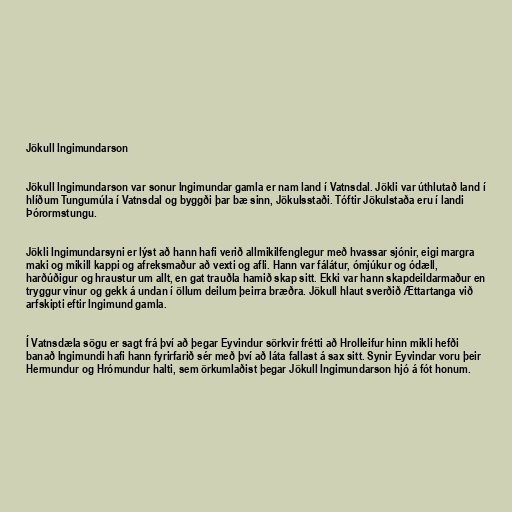
Jökull Ingimundarson

Jökull Ingimundarson var sonur Ingimundar gamla er nam land í Vatnsdal. Jökli var úthlutað land í
hlíðum Tungumúla í Vatnsdal og byggði þar bæ sinn, Jökulsstaði. Tóftir Jökulstaða eru í landi
Þórormstungu.

Jökli Ingimundarsyni er lýst að hann hafi verið allmikilfenglegur með hvassar sjónir, eigi margra
maki og mikill kappi og afreksmaður að vexti og afli. Hann var fálátur, ómjúkur og ódæll,
harðúðigur og hraustur um allt, en gat trauðla hamið skap sitt. Ekki var hann skapdeildarmaður en
tryggur vinur og gekk á undan í öllum deilum þeirra bræðra. Jökull hlaut sverðið Ættartanga við
arfskipti eftir Ingimund gamla.

Í Vatnsdæla sögu er sagt frá því að þegar Eyvindur sörkvir frétti að Hrolleifur hinn mikli hefði
banað Ingimundi hafi hann fyrirfarið sér með því að láta fallast á sax sitt. Synir Eyvindar voru þeir
Hermundur og Hrómundur halti, sem örkumlaðist þegar Jökull Ingimundarson hjó á fót honum.